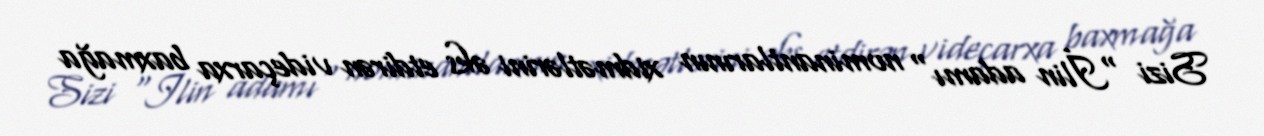
Sizi "İlin adamı" nominantlarının xidmətlərini əks etdirən videçarxa baxmağa